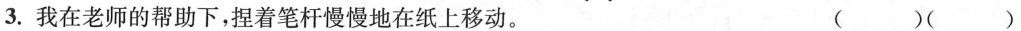
3.我在老师的帮助下，捏着笔杆\underset{·}{慢}\underset{·}{慢}地在纸上\underset{·}{移}\underset{·}{动}。 ( )( )